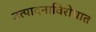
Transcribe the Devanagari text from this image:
उत्पादनाविरोधात